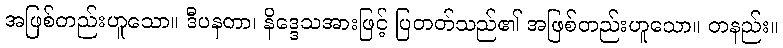
အဖြစ်တည်းဟူသော။ ဒီပနတာ၊ နိဒ္ဒေသအားဖြင့် ပြတတ်သည်၏ အဖြစ်တည်းဟူသော။ တနည်း။